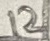
Text: 12